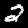
Digit: 2